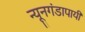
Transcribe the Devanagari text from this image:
न्यूनगंडापायी